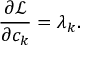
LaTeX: { \frac { \partial { \mathcal { L } } } { \partial c _ { k } } } = \lambda _ { k } .